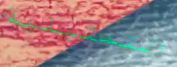
التمثيلية